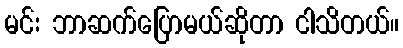
မင်း ဘာဆက်ပြောမယ်ဆိုတာ ငါသိတယ်။